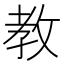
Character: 教